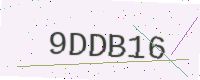
Text: 9DDB16